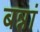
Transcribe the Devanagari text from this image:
बन्नां